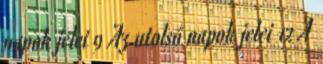
napok jelei 9 Az utolsó napok jelei 12 A